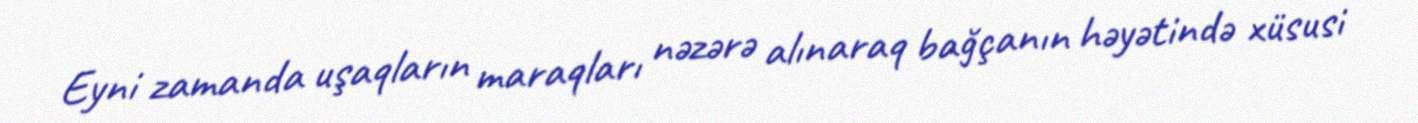
Eyni zamanda uşaqların maraqları nəzərə alınaraq bağçanın həyətində xüsusi